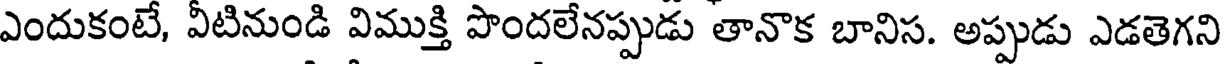
ఎందుకంటే, వీటినుండి విముక్తి పొందలేనప్పుడు తానొక బానిస. అప్పుడు ఎడతెగని